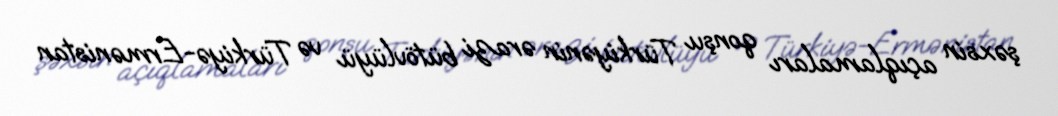
şəxsin açıqlamaları qonşu Türkiyənin ərazi bütövlüyü və Türkiyə-Ermənistan